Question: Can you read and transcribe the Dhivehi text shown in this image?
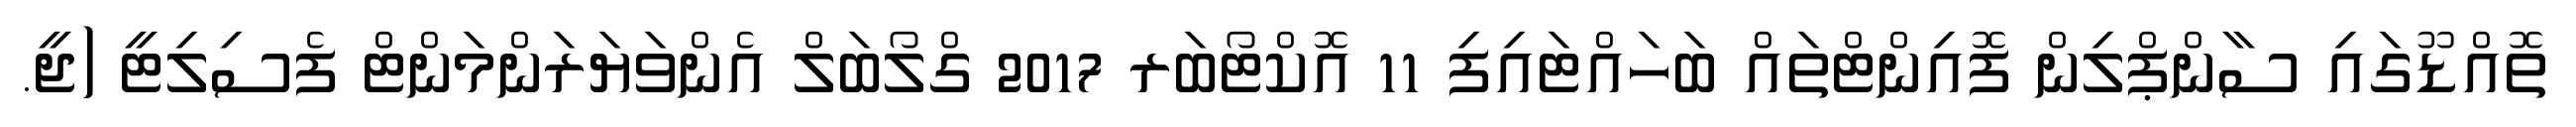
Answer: ތޮއްޑޫގައި ސާންޕްލިން ފޮއިންޓްތައް ބަހައްޓައިފި 11 އޮކްޓޯބަރ 2017 ގްލޯބަލް އެންވަޔަރަންމަންޓް ފެސިލިޓީ (ޖީ.